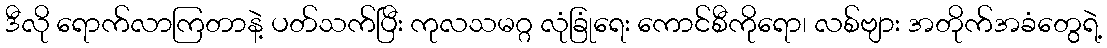
ဒီလို ရောက်လာကြတာနဲ့ ပတ်သက်ပြီး ကုလသမဂ္ဂ လုံခြုံရေး ကောင်စီကိုရော၊ လစ်ဗျား အတိုက်အခံတွေရဲ့